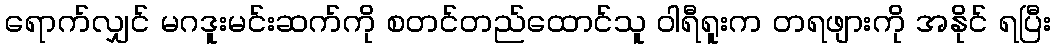
ရောက်လျှင် မဂဒူးမင်းဆက်ကို စတင်တည်ထောင်သူ ဝါရီရူးက တရဖျားကို အနိုင် ရပြီး